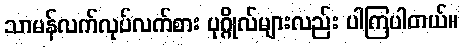
သာမန်လက်လုပ်လက်စား ပုဂ္ဂိုလ်များလည်း ပါကြပါတယ်။